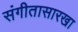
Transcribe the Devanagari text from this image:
संगीतासारखा